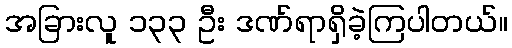
အခြားလူ ၁၃၃ ဦး ဒဏ်ရာရှိခဲ့ကြပါတယ်။